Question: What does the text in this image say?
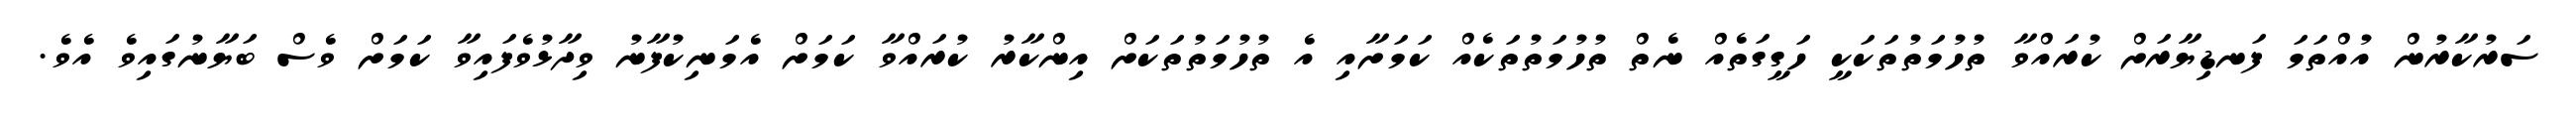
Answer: ސަރުކާރުން އުއްތަމަ ފަނޑިޔާރަށް ކުރައްވާ ތުހުމަތުތަކަކީ ހަގީގަތެއް ނެތް ތުހުމަތުތަކެއް ކަމަށާއި އެ ތުހުމަތުތަކަށް އިންކާރު ކުރައްވާ ކަމަށް އެމަނިކުފާނު ވިދާޅުވެފައިވާ ކަމަށް ވެސް ބަޔާނުގައިވެ އެވެ.